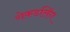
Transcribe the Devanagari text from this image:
रोकडलिंग